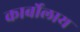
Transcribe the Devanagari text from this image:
कार्बोलाय